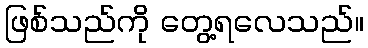
ဖြစ်သည်ကို တွေ့ရလေသည်။